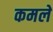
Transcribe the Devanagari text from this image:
कमले